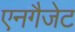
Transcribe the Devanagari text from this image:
एनगैजेट